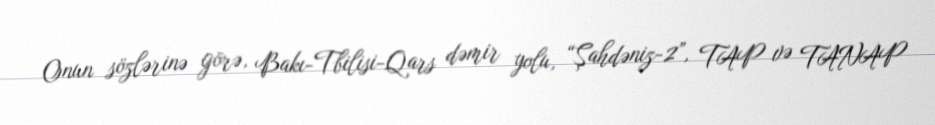
Onun sözlərinə görə, Bakı-Tbilisi-Qars dəmir yolu, “Şahdəniz-2”, TAP və TANAP